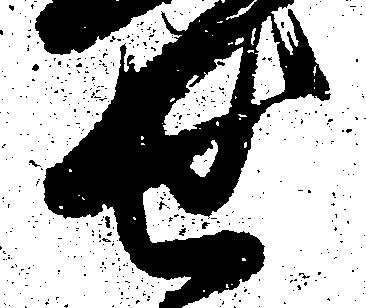
せ